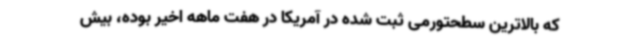
که بالاترین سطحتورمی ثبت شده در آمریکا در هفت ماهه اخیر بوده، بیش